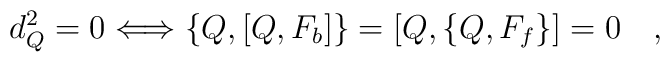
d_Q^2=0 \Longleftrightarrow \{Q,[Q,F_b]\} = [Q,\{Q,F_f\}]=0 \quad ,